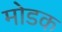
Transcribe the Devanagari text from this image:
माेडक